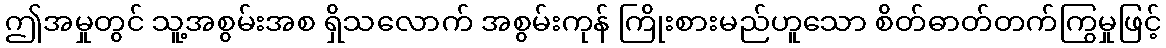
ဤအမှုတွင် သူ့အစွမ်းအစ ရှိသလောက် အစွမ်းကုန် ကြိုးစားမည်ဟူသော စိတ်ဓာတ်တက်ကြွမှုဖြင့်